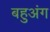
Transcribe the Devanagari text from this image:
बहुअंग